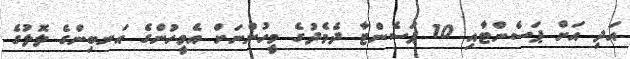
އަދި އަށް ޕަސެންޓާއި 10 ޕަސެންޓާ ދެމެދުގެ މީހުންނަށް އެމީހުންގެ އަނބިންގެ ލޮލުގެ